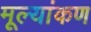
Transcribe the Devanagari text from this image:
मूल्यांकण